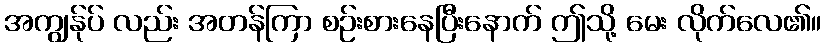
အကျွန်ုပ် လည်း အတန်ကြာ စဉ်းစားနေပြီးနောက် ဤသို့ မေး လိုက်လေ၏။